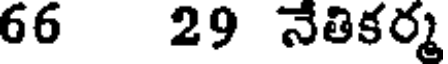
66 29 నేతికర్మ